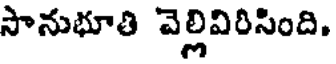
సానుభూతి వెల్లివిరిసింది.